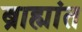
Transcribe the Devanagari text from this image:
ब्राह्मांत